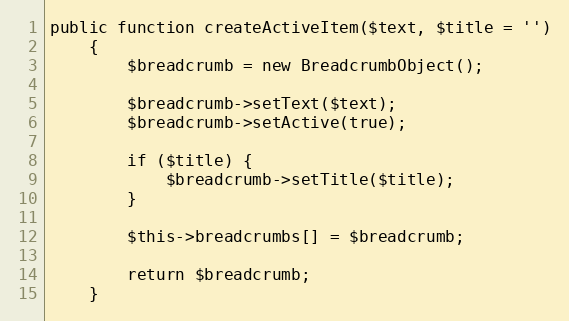
Language: PHP
public function createActiveItem($text, $title = '')
    {
        $breadcrumb = new BreadcrumbObject();

        $breadcrumb->setText($text);
        $breadcrumb->setActive(true);

        if ($title) {
            $breadcrumb->setTitle($title);
        }

        $this->breadcrumbs[] = $breadcrumb;

        return $breadcrumb;
    }